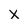
Character: x